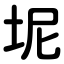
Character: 坭